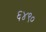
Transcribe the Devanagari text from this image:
६४९०